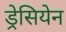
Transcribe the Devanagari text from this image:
ड्रेसियेन